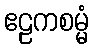
ဧဠကစမ္မံ